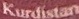
Kurdistan